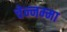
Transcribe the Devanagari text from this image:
चेन्‍नम्‍मा